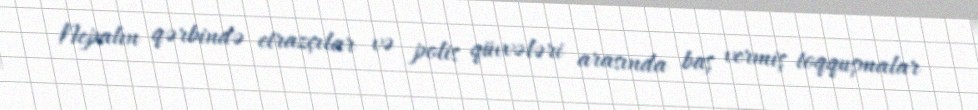
Nepalın qərbində etrazçılar və polis qüvvələri arasında baş vermiş toqquşmalar